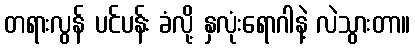
တရားလွန် ပင်ပန်း ခံလို့ နှလုံးရောဂါနဲ့ လဲသွားတာ။